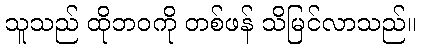
သူသည် ထိုဘဝကို တစ်ဖန် သိမြင်လာသည်။